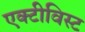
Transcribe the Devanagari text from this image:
एक्टीविस्ट